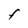
Character: F